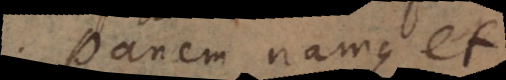
Panem namque et